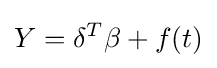
Y=\delta ^{T}\beta +f(t)